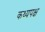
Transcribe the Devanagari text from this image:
कथ्यपक्ष